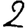
Digit: 2